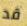
قد